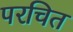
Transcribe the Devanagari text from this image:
परचित